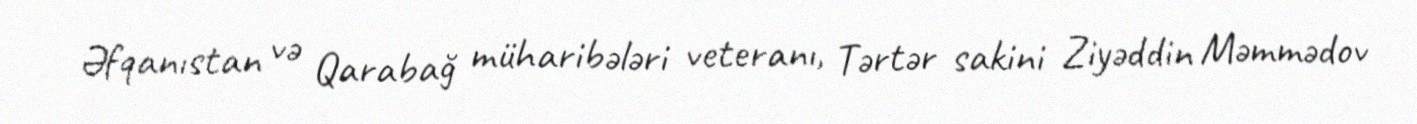
Əfqanıstan və Qarabağ müharibələri veteranı, Tərtər sakini Ziyəddin Məmmədov